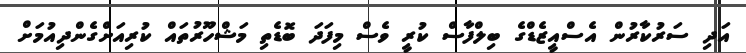
އަދި ސަރުކާރުން އެސްއީޒެޑްގެ ބިލްފާސް ކުރީ ވެސް މިފަދަ ބޮޑެތި މަޝްހޫރުތައް ކުރިއަށްގެންދިއުމަށް